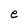
Character: e